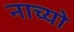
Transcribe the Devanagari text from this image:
नाच्यो